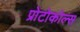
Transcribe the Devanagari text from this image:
प्रोटोकोल्स